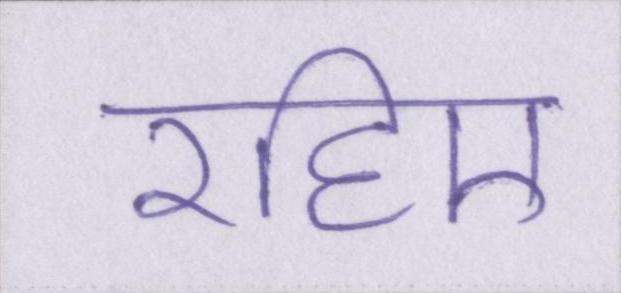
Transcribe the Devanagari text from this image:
रहिए